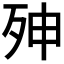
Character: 𭮇